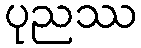
ပုညဿ